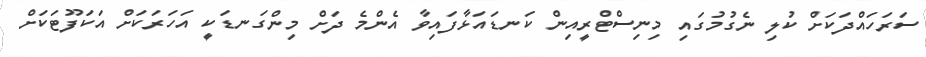
ސަރަހައްދަކަށް ކުލި ނެގުމުގައި މިނިސްޓްރީއިން ކަނޑައަޅާފައިވާ އެންމެ ދަށް މިންގަނޑަކީ އަހަރަކަށް އަކަފޫޓަކަށް